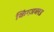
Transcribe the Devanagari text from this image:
किंग्ज़ब्लड